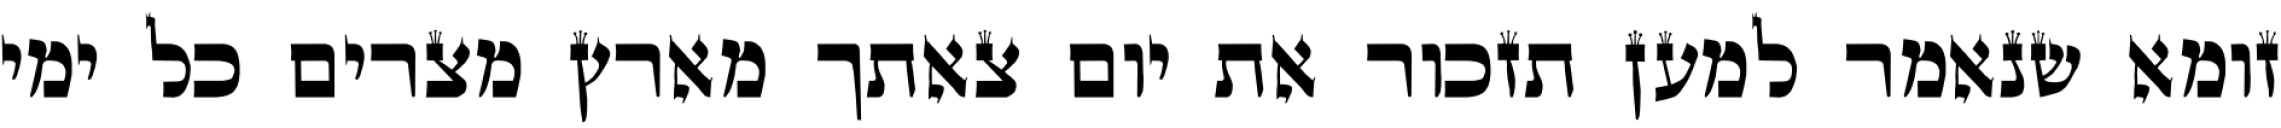
זומא שנאמר למען תזכור את יום צאתך מארץ מצרים כל ימי